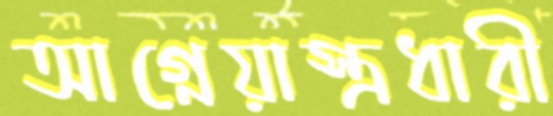
আগ্নেয়াস্ত্রধারী